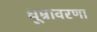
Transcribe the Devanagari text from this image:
धूम्रावरणा